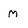
Character: M